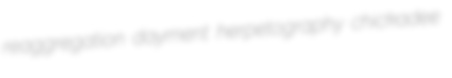
reaggregation dayment herpetography chickadee